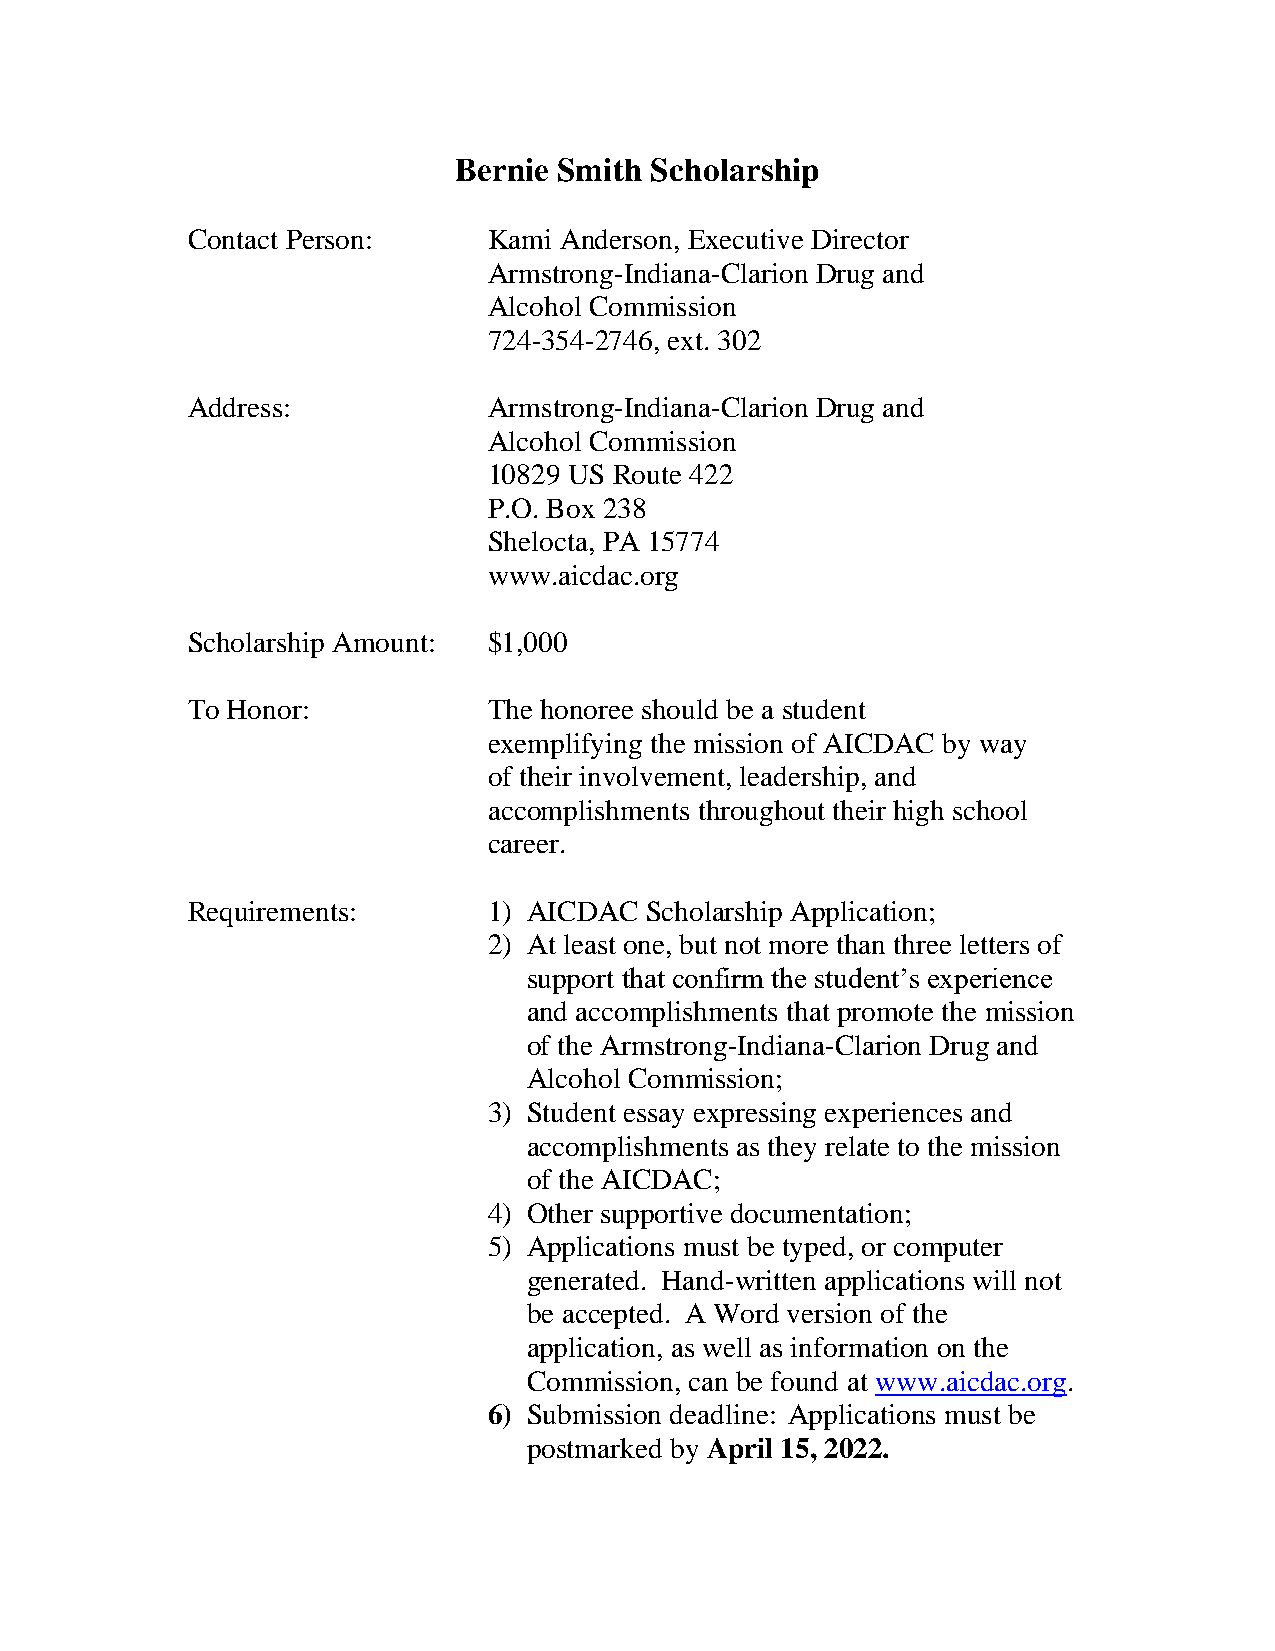
Bernie Smith Scholarship
 Contact Person:     Kami Anderson, Executive Director
 Armstrong-Indiana-Clarion Drug and
 Alcohol Commission
 724-354-2746, ext. 302
 Address:            Armstrong-Indiana-Clarion Drug and
 Alcohol Commission
 10829 US Route 422
 P.O. Box 238
 Shelocta, PA 15774
 www.aicdac.org
 Scholarship Amount: $1,000
 To Honor:           The honoree should be a student
 exemplifying the mission of AICDAC by way
 of their involvement, leadership, and
 accomplishments throughout their high school
 career.
 Requirements:       1) AICDAC  Scholarship Application;
 2) At least one, but not more than three letters of
 support that confirm the student’s experience
 and accomplishments that promote the mission
 of the Armstrong-Indiana-Clarion Drug and
 Alcohol Commission;
 3) Student essay expressing experiences and
 accomplishments as they relate to the mission
 of the AICDAC;
 4) Other supportive documentation;
 5) Applications must be typed, or computer
 generated. Hand-written applications will not
 be accepted. A Word version of the
 application, as well as information on the
 Commission, can be found at www.aicdac.org.
 6) Submission deadline: Applications must be
 postmarked by April 15, 2022.